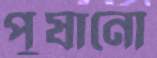
পুষানো